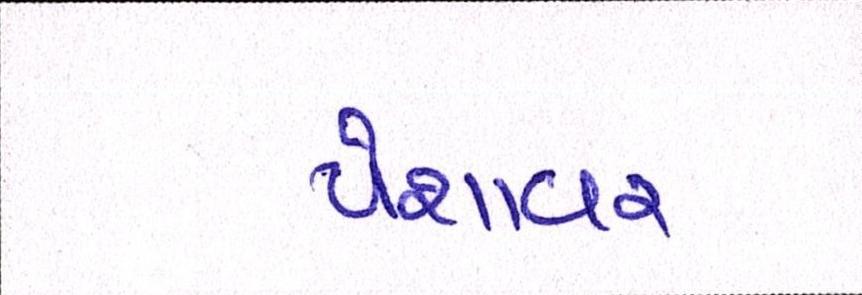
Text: પેશાવર